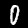
Label: 0